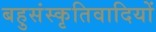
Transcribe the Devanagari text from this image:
बहुसंस्कृतिवादियों